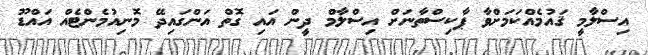
އިސްލާމީ ޤައުމެއްކަމަށްވާ ޕާކިސްތާނަށް އިސްލާމް ދީން އައި ގޮތް އަންގައިދޭ މޮނިއުމެންޓެއް އައްޑޫ